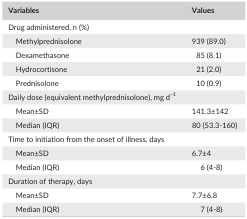
<table><thead><tr><td><b>Variables</b></td><td><b>Values</b></td></tr></thead><tbody><tr><td colspan="2">Drug administered, n (%)</td></tr><tr><td>Methylprednisolone</td><td>939 (89.0)</td></tr><tr><td>Dexamethasone</td><td>85 (8.1)</td></tr><tr><td>Hydrocortisone</td><td>21 (2.0)</td></tr><tr><td>Prednisolone</td><td>10 (0.9)</td></tr><tr><td colspan="2">Daily dose (equivalent methylprednisolone), mg d<sup>−1</sup></td></tr><tr><td>Mean±SD</td><td>141.3±142</td></tr><tr><td>Median (IQR)</td><td>80 (53.3‐160)</td></tr><tr><td colspan="2">Time to initiation from the onset of illness, days</td></tr><tr><td>Mean±SD</td><td>6.7±4</td></tr><tr><td>Median (IQR)</td><td>6 (4‐8)</td></tr><tr><td colspan="2">Duration of therapy, days</td></tr><tr><td>Mean±SD</td><td>7.7±6.8</td></tr><tr><td>Median (IQR)</td><td>7 (4‐8)</td></tr></tbody></table>